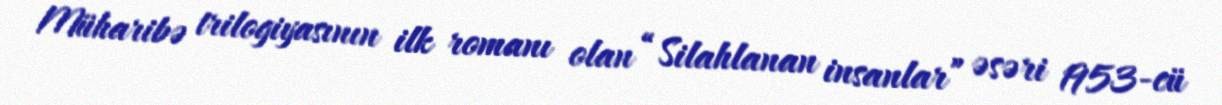
Müharibə trilogiyasının ilk romanı olan “Silahlanan insanlar” əsəri 1953-cü